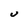
Character: u